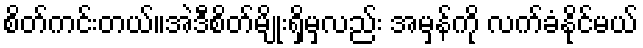
စိတ်ကင်းတယ်။အဲဒီစိတ်မျိုးရှိမှလည်း အမှန်ကို လက်ခံနိုင်မယ်